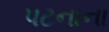
પટનાના